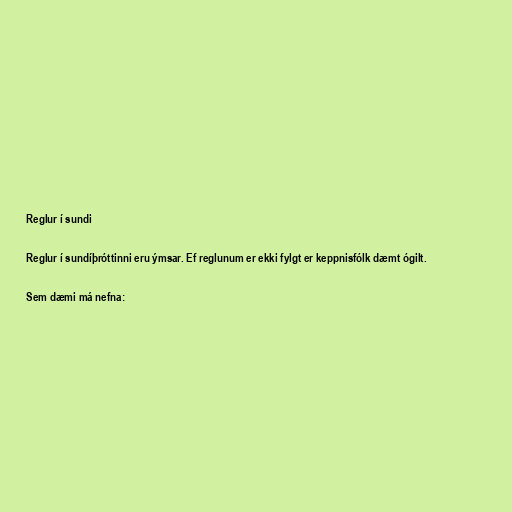
Reglur í sundi

Reglur í sundíþróttinni eru ýmsar. Ef reglunum er ekki fylgt er keppnisfólk dæmt ógilt.

Sem dæmi má nefna: